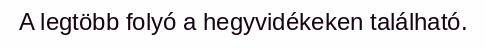
A legtöbb folyó a hegyvidékeken található.